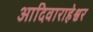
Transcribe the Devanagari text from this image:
आदिवाराहेश्वर